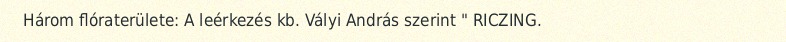
Három flóraterülete: A leérkezés kb. Vályi András szerint " RICZING.